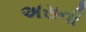
અસની